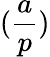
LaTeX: ({\frac{a}{p}})